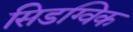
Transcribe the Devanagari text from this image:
सिडग्विक